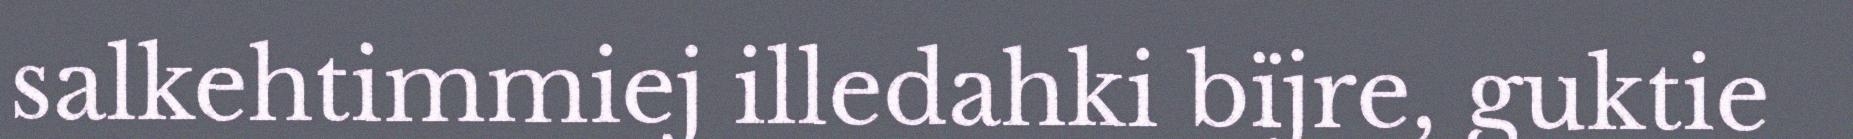
salkehtimmiej illedahki bïjre, guktie